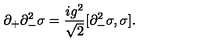
\partial _ { + } \partial _ { - } ^ { 2 } \sigma = { \frac { i g ^ { 2 } } { \sqrt { 2 } } } [ \partial _ { - } ^ { 2 } \sigma , \sigma ] .